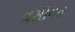
વસીયત